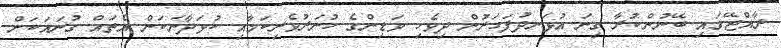
ރާއްޖޭގައި ބޭނުންކުރާ ގިނަ އުޅަނދުފަހަރުން ދިވެހި ވަޑިންގެ ހުނަރުވެރިކަމާއި ކުޅަދާނަކަން އެތައް ގުނައަކަށް